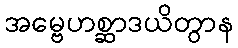
အမ္ဗေဟစ္ဆာဒယိတွာန